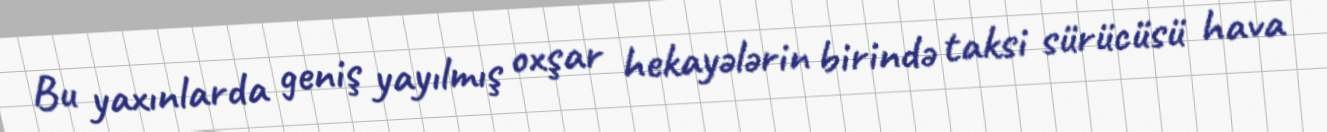
Bu yaxınlarda geniş yayılmış oxşar hekayələrin birində taksi sürücüsü hava